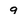
Character: 9